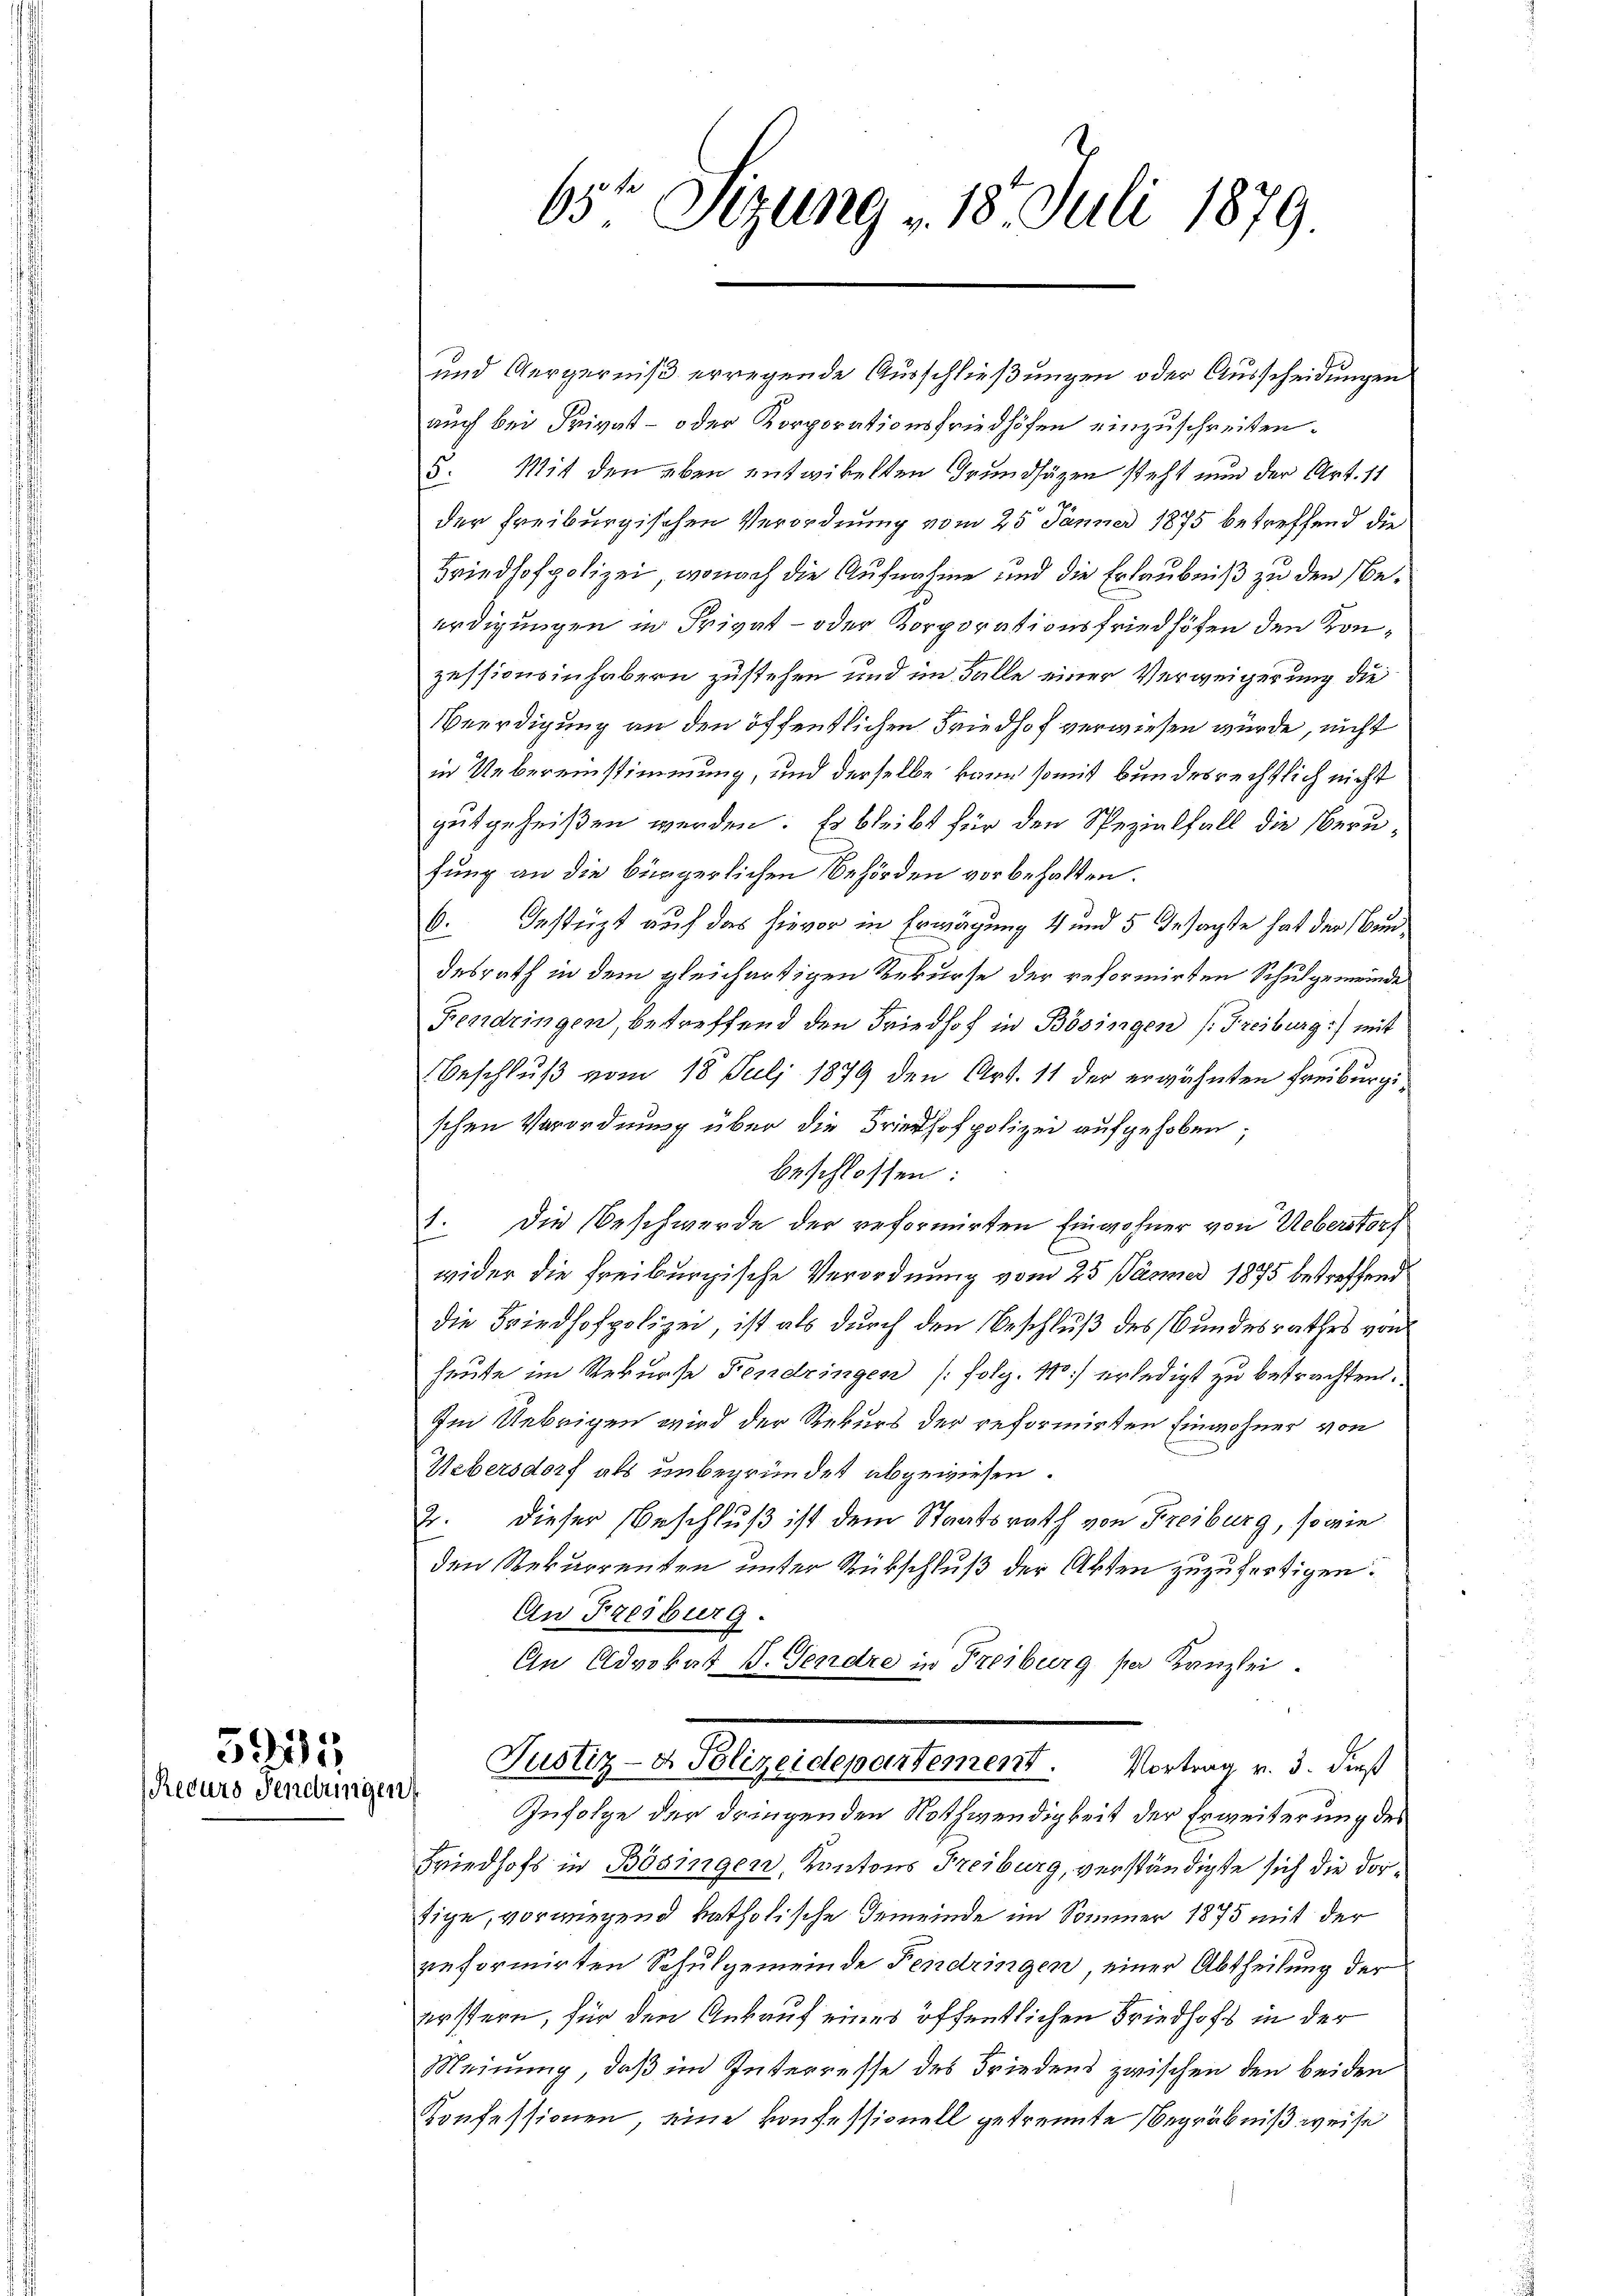
592
Recurs Sendungen

65te Sizung 18. Juli 1879.

und Aergerniß erregende Ausschließungen oder Ausscheidungen
auch bei Privat- oder Korporationsfriedhöfen einzuschreiten.
5. Mit den eben entwickelten Grundsätzen steht nun der Art. 11
der Freiburgischen Verordnung vom 25. Jänner 1875 betreffend die
Friedhofpolizei, wonach die Aufnahme und die Erlaubniß zu den Beürdigungen in Privat- oder Korporationsfriedhöfen den Konzessionsinhabern zustehen und im Falle einer Verweigerung die
Beerdigung an den öffentlichen Friedhof verwiesen würde, nicht
in Uebereinstimmung, und derselbe kann somit bundesrechtlich nicht
zeitgeheißen werden. Es bleibt für den Spezialfall die berufung an die bürgerlichen Behörden vorbehalten.
6. Gestüzt auf das hievor in Erwägung 4 und 5 Gesagte hat der undesrath in dem gleichartigen Rekurse der reformirten Schulgemeinde
Fendringen, betreffend den Friedhof in Bösingen (Freiburg) mit
Beschluß vom 18. Juli 1879 den Art. 11 der erwähnten Freiburgischen Verordnung über die Friedhofpolizei aufgehoben;
beschlossen:
1. Die Beschwerde der reformirten Einwohner von Ueberstorf
wider die Freiburgische Verordnung vom 25. Jänner 1875 betreffend
die Friedhofpolizei, ist als durch den Beschluß des Bundesrathes von
heute im Rekurse Fendringen (folg. 110) erledigt zu betrachten.
Im Uebrigen wird der Rekurs der reformirten Einwohner von
Uebersdorf als unbegründet abgewiesen.
2. dieser Beschluß ist dem Staatsrath von Freiburg, sowie
den Rekurrenten unter Rückschluß der Akten zuzufertigen.
An Freiburg.
An Advokat V. Gendre in Freiburg per Kanzlei.
Justiz- & Polizeidepartement. Vortrag v. 3. dieß
Infolge der dringenden Nothwendigkeit der Erweiterung des
Friedhofs in Bösingen, Kantons Freiburg, verständigte sich die dortige, vorwiegend katholische Gemeinde im Sommer 1875 mit der
reformirten Schulgemeinde Fendringen, einer Abtheilung der
erstern, für den Ankauf eines öffentlichen Friedhofs in der
Meinung, daß im Interresse des Friedens zwischen den beiden
Konfessionen, eine Konfessionell getrennte Begräbniß weise